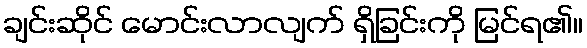
ချင်းဆိုင် မောင်းလာလျက် ရှိခြင်းကို မြင်ရ၏။